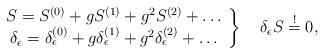
LaTeX: \begin{align*}\left.\begin{array}{c}S=S^{(0)}+gS^{(1)}+g^2S^{(2)}+\dots\\\delta_\epsilon=\delta^{(0)}_\epsilon+g\delta^{(1)}_\epsilon+g^2\delta^{(2)}_\epsilon+\dots \end{array}\right\}\quad \delta_\epsilon S\stackrel{!}{=}0,\end{align*}